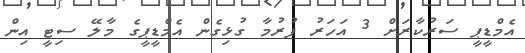
އެމްޑީޕީ ސަރުކާރަށް 3 އަހަރު ފުރުމާ ގުޅިގެން އެމްޑީޕީގެ މާލޭ ސިޓީ އިން